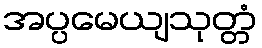
အပ္ပမေယျသုတ္တံ